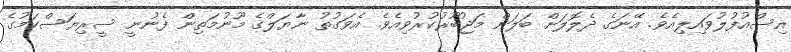
އިސްއުފުލުވައިލިއެވެ. އޭނަގެ ދެލޮލަށް ބަލަން މަޖުބޫރުކުރުވިއެވެ. އެވަގުތު ނާޔަލްގެ މޫނުމަތިން ފެނުނީ ސީރިޔަސްކަމުގެ